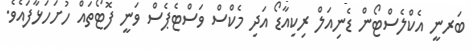
ބަރނީ އެކްލެސްޓޯން ޑެނިއަލް ރިކިއާޑޯ އަދި މެކްސް ވަސްޓެޕެސް ވަނީ ފޮޓޯތައް ހުށަހަޅާފައެވެ.